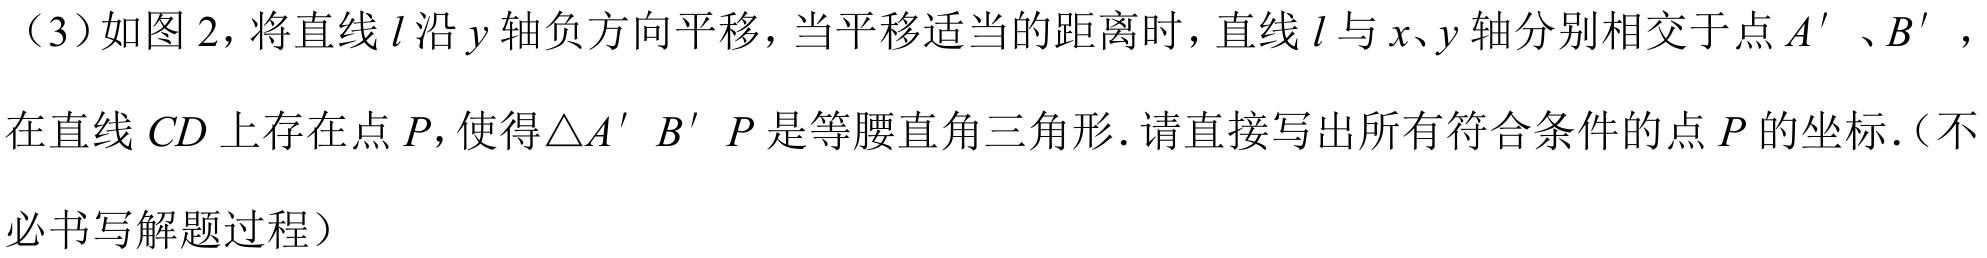
（3）如图2，将直线\(l\)沿\(y\)轴负方向平移，当平移适当的距离时，直线\(l\)与\(x、y\)轴分别相交于点\(A'\)、\(B'\)，
在直线\(CD\)上存在点\(P\)，使得\(\triangle A'B'P\)是等腰直角三角形. 请直接写出所有符合条件的点\(P\)的坐标.（不
必书写解题过程）